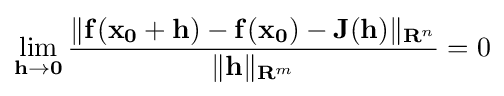
\lim _{\mathbf {h} \to \mathbf {0} }{\frac {\|\mathbf {f} (\mathbf {x_{0}} +\mathbf {h} )-\mathbf {f} (\mathbf {x_{0}} )-\mathbf {J} \mathbf {(h)} \|_{\mathbf {R} ^{n}}}{\|\mathbf {h} \|_{\mathbf {R} ^{m}}}}=0